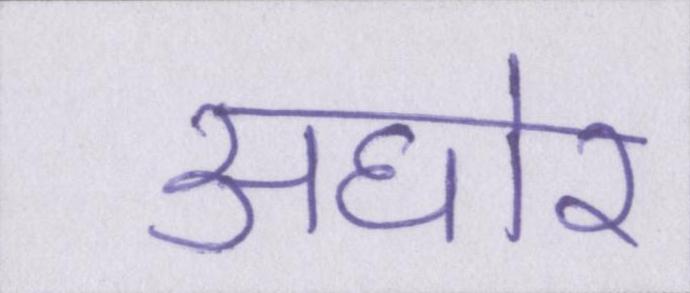
अघोर